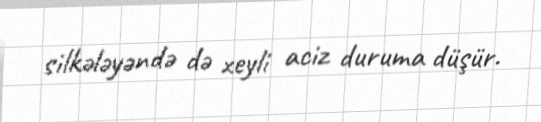
silkələyəndə də xeyli aciz duruma düşür.